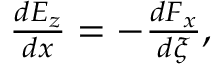
\begin{array} { r } { \frac { d E _ { z } } { d x } = - \frac { d F _ { x } } { d \xi } , } \end{array}